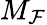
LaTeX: M_{\mathcal{F}}